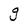
Character: g